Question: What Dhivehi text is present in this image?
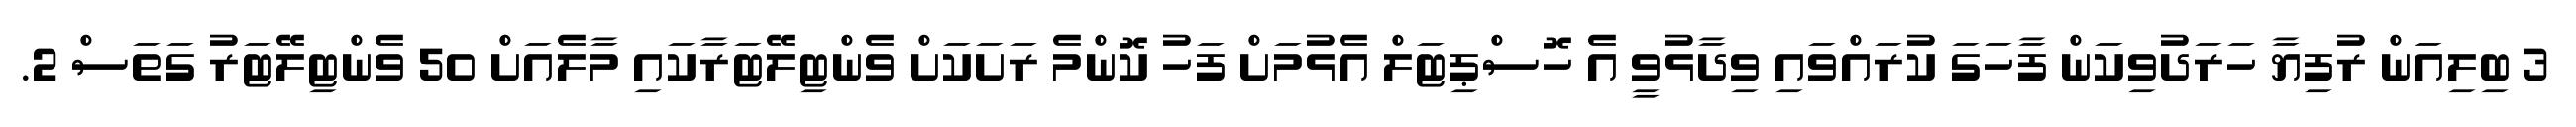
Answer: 3 ބިލިއަން ރުފިޔާ ހަރަދުވިކަން ފާހަގަ ކުރައްވައި ވިދާޅުވީ އެ ހޮސްޕިޓަލް އެޅުމަށް ފަހު ކޮންމެ ރަށަކަށް ވެންޓިލޭޓަރާކައި މާލެއަށް 50 ވެންޓިލޭޓަރު ގަތަސް 2.